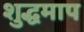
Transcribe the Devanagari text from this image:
शुद्धमाप